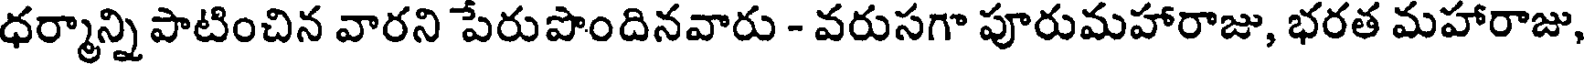
ధర్మాన్ని పాటించిన వారని పేరుపొందినవారు - వరుసగా పూరుమహారాజు, భరత మహారాజు,